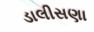
ડાલીસણા